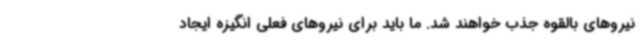
نیروهای بالقوه جذب خواهند شد. ما باید برای نیروهای فعلی انگیزه ایجاد